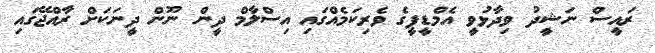
ރައީސް ނަޝީދު ވިދާޅުވީ އެމްޑީޕީގެ ވެރިކަމެއްގައި އިސްލާމް ދީން ނޫން ދީނަކަށް ރާއްޖޭގައި